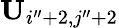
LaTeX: \mathbf{U}_{i^{\prime\prime}+2,j^{\prime\prime}+2}